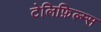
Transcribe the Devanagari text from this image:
टेलिफ़िल्म्स